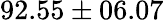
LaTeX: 92.55\pm 06.07